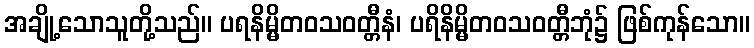
အချို့သောသူတို့သည်။ ပရနိမ္မိတဝသဝတ္တီနံ၊ ပရိနိမ္မိတဝသဝတ္တီဘုံ၌ ဖြစ်ကုန်သော။